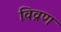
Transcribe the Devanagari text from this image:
विव्रण